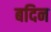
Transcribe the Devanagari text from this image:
बदिन